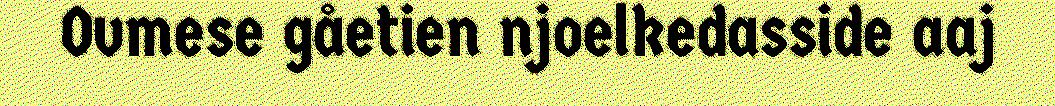
Ovmese gåetien njoelkedasside aaj